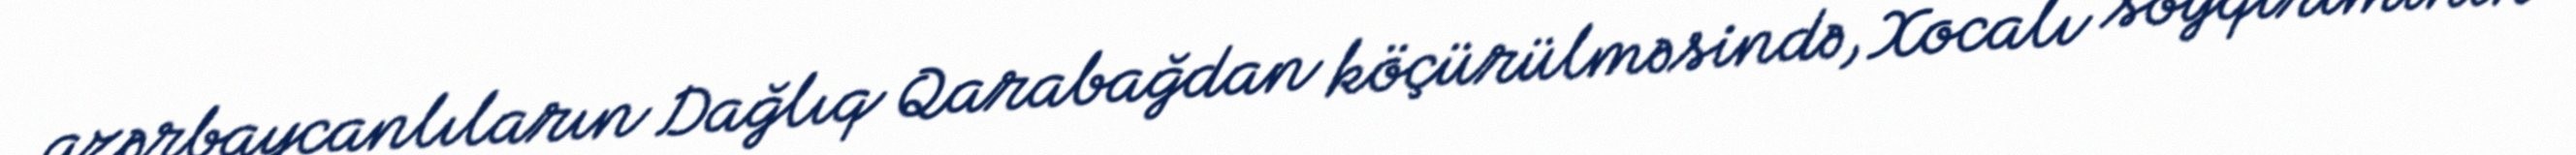
azərbaycanlıların Dağlıq Qarabağdan köçürülməsində, Xocalı soyqırımının